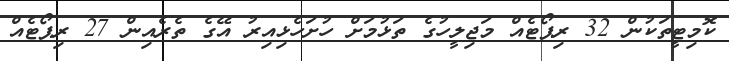
ކޮމިޓީތަކުން 32 ރިޕޯޓެއް މަޖިލީހުގެ ތަޅުމަށް ހުށަހެޅިއިރު އޭގެ ތެރެއިން 27 ރިޕޯޓެއް